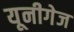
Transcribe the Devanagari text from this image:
यूनीगेज